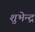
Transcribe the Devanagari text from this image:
शुभेन्द्र